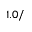
1 . 0 /